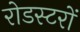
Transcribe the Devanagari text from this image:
रोडस्टरों